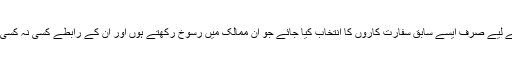
یقینی طور پر اس کام کے لیے صرف ایسے سابق سفارت کاروں کا انتخاب کیا جائے جو ان ممالک میں رسوخ رکھتے ہوں اور ان کے رابطے کسی نہ کسی طور ابھی بھی قائم ہوں۔